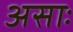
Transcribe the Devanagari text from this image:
असाः